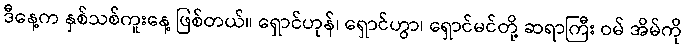
ဒီနေ့က နှစ်သစ်ကူးနေ့ ဖြစ်တယ်။ ရှောင်ဟုန်၊ ရှောင်ဟွာ၊ ရှောင်မင်တို့ ဆရာကြီး ဝမ် အိမ်ကို